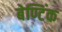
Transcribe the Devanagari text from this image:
बेण्टिंक